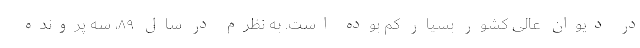
در دیوان عالی کشور بسیار کم بوده است. به نظرم در سال ۸۹، سه پرونده